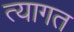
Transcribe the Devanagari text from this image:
त्यागत